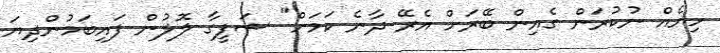
ހިޔެއް ނުކުރަން ގެއިން ބޭރަށް އެރޭ ދާނެ ކަމަށް" ޝަފީގާ ލޮލުން ފައިބަމުންދިޔަ